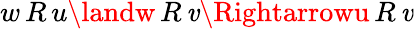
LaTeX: w\, R\, u\landw\, R\, \mathit{v}\Rightarrowu\, R\, \mathit{v}